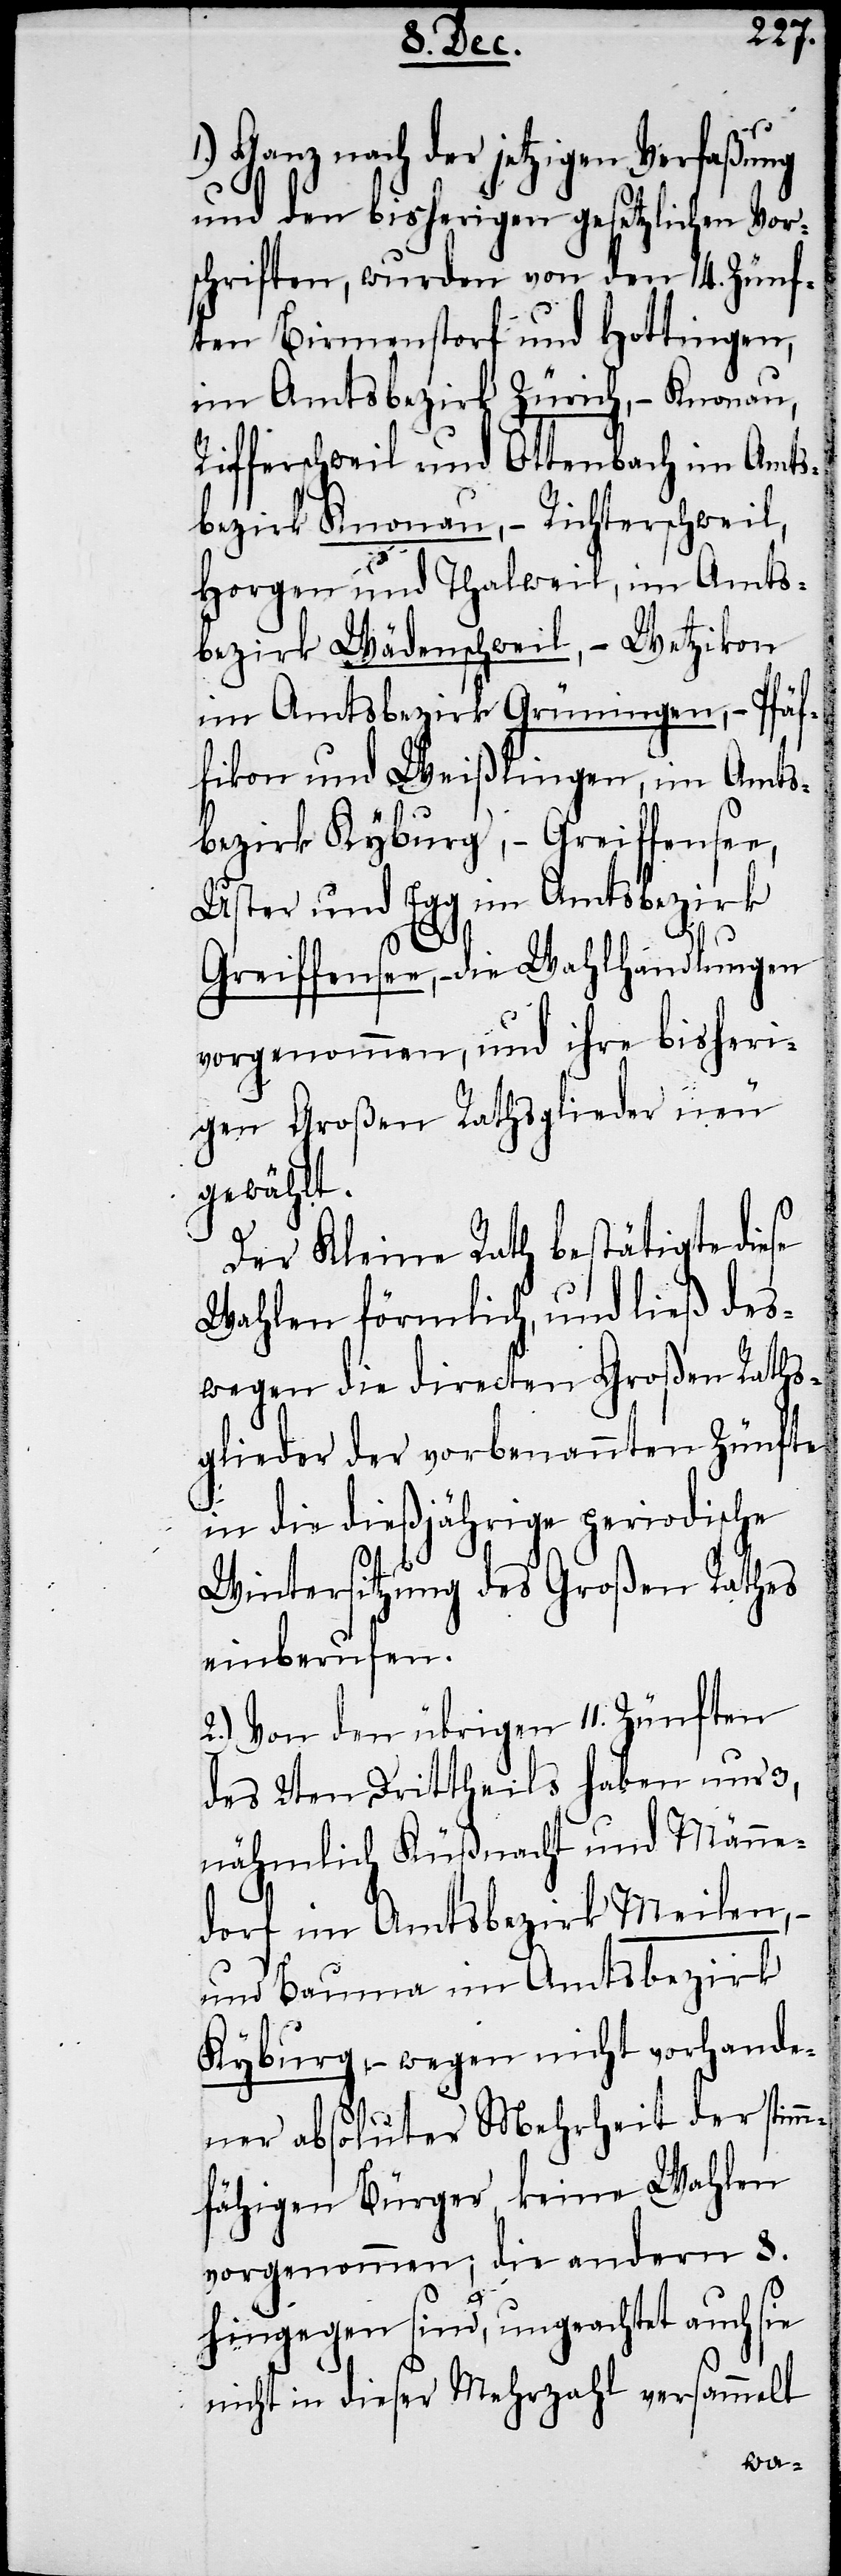
1.) Ganz nach der jetzigen Verfaßung
und den bisherigen gesetzlichen Vor¬
schriften, wurden von den 14. Zünf¬
ten Birmenstorf und Hottingen,
im Amtsbezirk Zürich, − Knonau,
Rifferschweil und Ottenbach im Amts¬
bezirk Knonau, − Richterschweil,
Horgen und Thalweil, im Amts¬
bezirk Wädenschweil, − Wetzikon
im Amtsbezirk Grüningen, − Pfäf¬
fikon und Weißlingen, im Amts¬
bezirk Kyburg, − Greiffensee,
Uster und Egg im Amtsbezirk
Greiffensee, − die Wahlhandlungen
vorgenommen, und ihre bisheri¬
gen Großen Rathsglieder neu
gewählt.
Der Kleine Rath bestätigte diese
Wahlen förmlich, und ließ des¬
wegen die directen Großen Raths¬
glieder der vorbenannten Zünfte
in die dießjährige periodische
Wintersitzung des Großen Rathes
einberufen.
2.) Von den übrigen 11. Zünften
des 2ten Drittheils haben nur 3,
nähmlich Küßnacht und Männe¬
dorf im Amtsbezirk Meilen,
und Bauma im Amtsbezirk
Kyburg, − wegen nicht vorhande¬
ner absoluter Mehrheit der stim¬
mfähigen Bürger, keine Wahlen
vorgenommen; die andern 8.
hingegen sind, ungeachtet auch sie
nicht in dieser Mehrzahl versammelt